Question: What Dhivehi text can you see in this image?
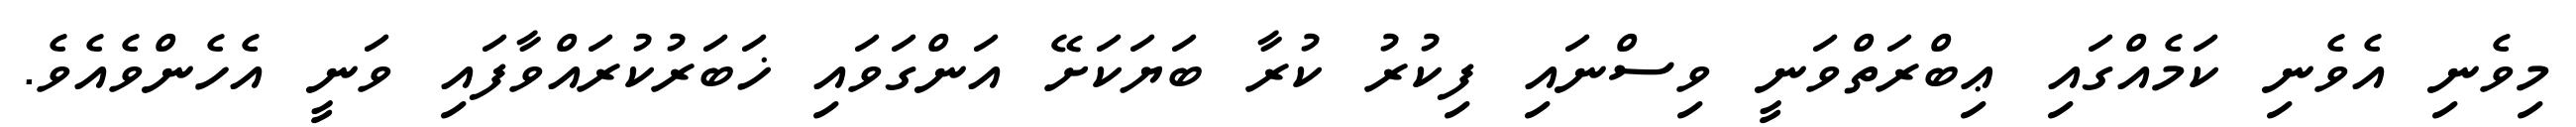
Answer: މިވެނި އެވެނި ކަމެއްގައި ޢިބްރަތްވަނީ ވިސްނައި ފިކުރު ކުރާ ބަޔަކަށޭ އަންގަވައި ޚަބަރުކުރައްވާފައި ވަނީ އެހެންވެއެވެ.